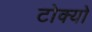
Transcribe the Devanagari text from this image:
टोक्‍यो